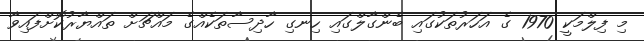
މި ފިލްމަކީ 1970 ގެ އަހަރުތަކުގައި ބެންގާލްގައި ހިނގި ހާދިސާތަކެއްގެ މައްޗަށް ތައްޔާރުކޮށްފައިވާ